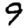
Digit: 9